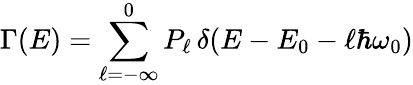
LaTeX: {\Gamma(E)=\sum_{\ell=-\infty}^{0}P_{\ell}\, \delta(E-E_{0}-\ell\hbar\omega_{0})}